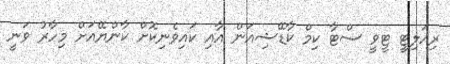
ރިއަލިޓީ ޓީވީ ސްޓާ ކިމް ކާޑޭޝިއަން އާއި ކައިވެނިކޮށް ކާންޔޭއަށް މިހާރު ވަނީ